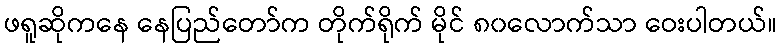
ဖရူဆိုကနေ နေပြည်တော်က တိုက်ရိုက် မိုင် ၈၀လောက်သာ ဝေးပါတယ်။